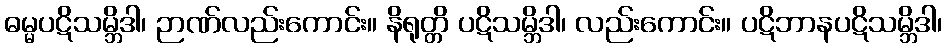
ဓမ္မပဋိသမ္ဘိဒါ၊ ဉာဏ်လည်းကောင်း။ နိရုတ္တိ ပဋိသမ္ဘိဒါ၊ လည်းကောင်း။ ပဋိဘာနပဋိသမ္ဘိဒါ၊